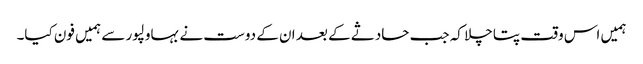
ہمیں اس وقت پتا چلا کہ جب حادثے کے بعد ان کے دوست نے بہاولپور سے ہمیں فون کیا۔